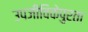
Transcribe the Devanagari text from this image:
उपजीविकेपुरता